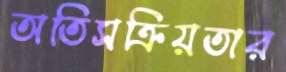
অতিসক্রিয়তার